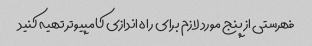
فهرستی از پنج مورد لازم برای راه اندازی کامپیوتر تهیه کنید